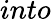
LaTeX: into